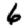
Digit: 6